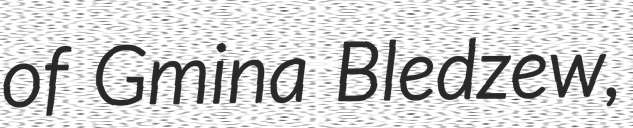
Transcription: of Gmina Bledzew,